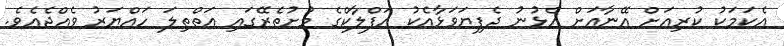
އެކަމަކު ކުރިއަށް އޭނާއަށް އެޅުނު ދެފިޔަވަޅާއެކު އަފްލާކްގެ މުށުތެރޭގައި އަތްތިލަ ހައްޔަރު ވެއްޖެއެވެ.